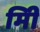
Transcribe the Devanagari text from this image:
मिी